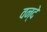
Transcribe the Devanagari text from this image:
वन्‍दे